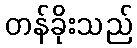
တန်ခိုးသည်